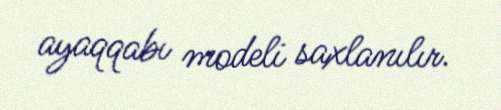
ayaqqabı modeli saxlanılır.